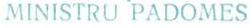
MINISTRU PADOMES